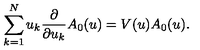
\sum _ { k = 1 } ^ { N } u _ { k } \frac { \partial } { \partial u _ { k } } A _ { 0 } ( u ) = V ( u ) A _ { 0 } ( u ) .